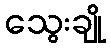
သွေးချို